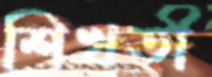
শিখতী